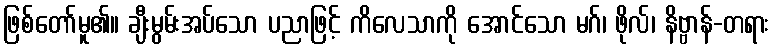
ဖြစ်တော်မူ၏။ ချီးမွမ်းအပ်သော ပညာဖြင့် ကိလေသာကို အောင်သော မဂ်၊ ဖိုလ်၊ နိဗ္ဗာန်-တရား